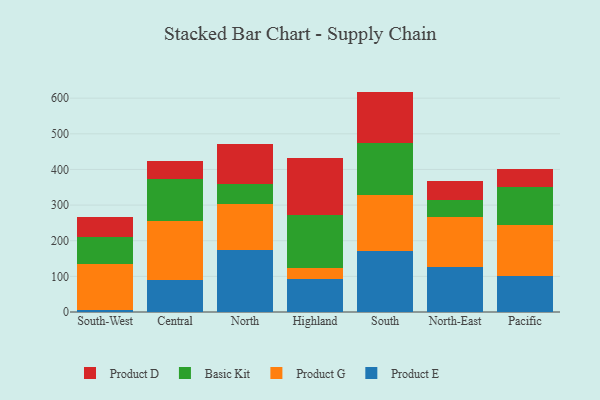
{"axis": {"x": "Region", "y": "Tickets Resolved"}, "legend": ["Basic Kit", "Product D", "Product E", "Product G"], "data": [{"x": "South-West", "y": 6.6, "type": "Product E"}, {"x": "South-West", "y": 127.7, "type": "Product G"}, {"x": "South-West", "y": 75.8, "type": "Basic Kit"}, {"x": "South-West", "y": 56.9, "type": "Product D"}, {"x": "Central", "y": 89.9, "type": "Product E"}, {"x": "Central", "y": 164.5, "type": "Product G"}, {"x": "Central", "y": 118.1, "type": "Basic Kit"}, {"x": "Central", "y": 52.4, "type": "Product D"}, {"x": "North", "y": 174.2, "type": "Product E"}, {"x": "North", "y": 129.2, "type": "Product G"}, {"x": "North", "y": 54.5, "type": "Basic Kit"}, {"x": "North", "y": 112.1, "type": "Product D"}, {"x": "Highland", "y": 92.0, "type": "Product E"}, {"x": "Highland", "y": 32.6, "type": "Product G"}, {"x": "Highland", "y": 148.3, "type": "Basic Kit"}, {"x": "Highland", "y": 160.6, "type": "Product D"}, {"x": "South", "y": 170.7, "type": "Product E"}, {"x": "South", "y": 157.4, "type": "Product G"}, {"x": "South", "y": 146.9, "type": "Basic Kit"}, {"x": "South", "y": 143.4, "type": "Product D"}, {"x": "North-East", "y": 127.4, "type": "Product E"}, {"x": "North-East", "y": 139.1, "type": "Product G"}, {"x": "North-East", "y": 47.6, "type": "Basic Kit"}, {"x": "North-East", "y": 54.5, "type": "Product D"}, {"x": "Pacific", "y": 102.2, "type": "Product E"}, {"x": "Pacific", "y": 143.1, "type": "Product G"}, {"x": "Pacific", "y": 104.5, "type": "Basic Kit"}, {"x": "Pacific", "y": 50.4, "type": "Product D"}]}